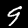
Label: 9